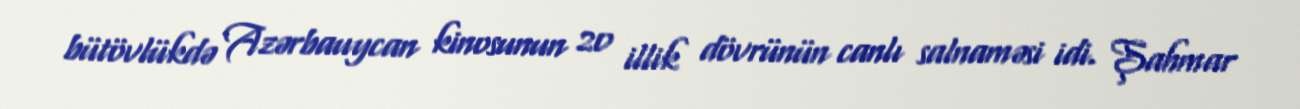
bütövlükdə Azərbauycan kinosunun 20 illik dövrünün canlı salnaməsi idi. Şahmar